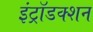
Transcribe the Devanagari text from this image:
इंट्रॉडक्शन